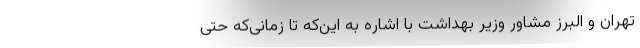
تهران و البرز مشاور وزیر بهداشت با اشاره به این‌که تا زمانی‌که حتی